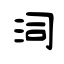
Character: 泀